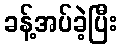
ခန့်အပ်ခဲ့ပြီး